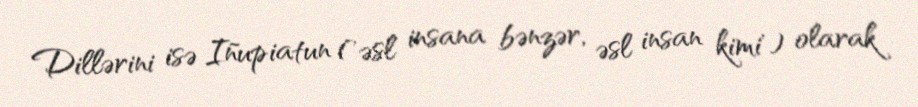
Dillərini isə Iñupiatun ('əsl insana bənzər, əsl insan kimi') olarak